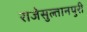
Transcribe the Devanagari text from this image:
राजेसुल्तानपुरी